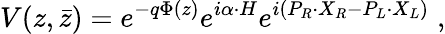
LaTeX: V(z,\bar{z})=e^{-q\Phi(z)}e^{i\alpha\cdot H}e^{i(P_{R}\cdot X_{R}-P_{L}\cdot X_{L})}\; ,